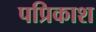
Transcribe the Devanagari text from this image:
पप्रिकाश